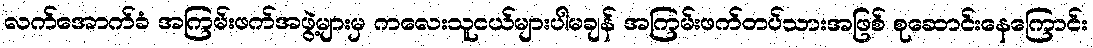
လက်အောက်ခံ အကြမ်းဖက်အဖွဲ့များမှ ကလေးသူငယ်များပါမချန် အကြမ်းဖက်တပ်သားအဖြစ် စုဆောင်းနေကြောင်း